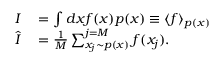
\begin{array} { r l } { I } & { { } = \int d x f ( x ) p ( x ) \equiv \langle f \rangle _ { p ( x ) } } \\ { \hat { I } } & { { } = \frac { 1 } { M } \sum _ { x _ { j } \sim p ( x ) } ^ { j = M } f ( x _ { j } ) . } \end{array}